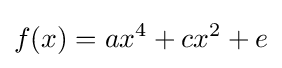
f(x)=ax^{4}+cx^{2}+e